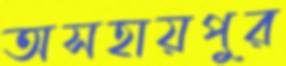
অসহায়পুর